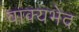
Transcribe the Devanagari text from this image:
वाक्यभेद